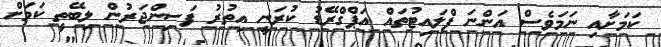
ކަމަށާއި ނަމަވެސް އަންނަ ފްލައިޓުތައް އަޕްގްރޭޑު ކުރަނީ އިތުރު ފަސިންޖަރުން ލިބޭތީ ކަމަށް